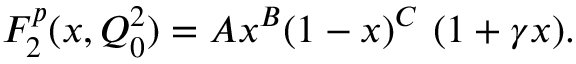
F _ { 2 } ^ { p } ( x , Q _ { 0 } ^ { 2 } ) = A x ^ { B } ( 1 - x ) ^ { C } ~ ( 1 + \gamma x ) .